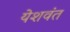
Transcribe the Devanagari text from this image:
येशवंत